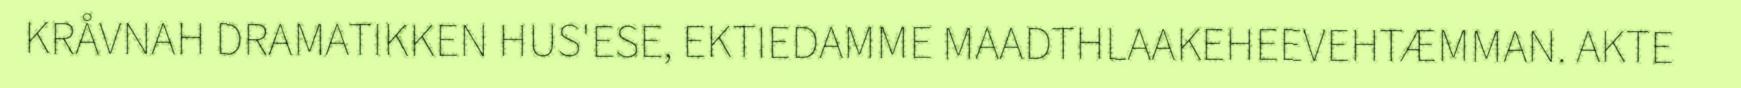
KRÅVNAH DRAMATIKKEN HUS'ESE, EKTIEDAMME MAADTHLAAKEHEEVEHTÆMMAN. AKTE